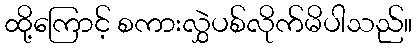
ထို့ကြောင့် စကားလွှဲပစ်လိုက်မိပါသည်။